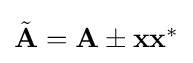
{\textstyle {\tilde {\mathbf {A} }}=\mathbf {A} \pm \mathbf {x} \mathbf {x} ^{*}}